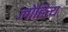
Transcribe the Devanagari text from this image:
लोहित्य